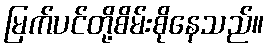
မြက်ပင်တို့စိမ်းစိုနေသည်။